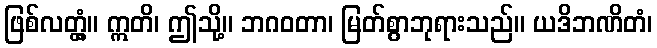
ဖြစ်လတ္တံ့။ ဣတိ၊ ဤသို့။ ဘဂဝတာ၊ မြတ်စွာဘုရားသည်။ ယဒိဘဏိတံ၊